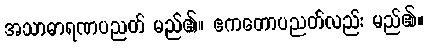
အသာဓာရဏပညတ် မည်၏။ ဧကတောပညတ်လည်း မည်၏။